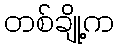
တစ်ချို့က